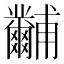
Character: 𤰐